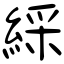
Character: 綵